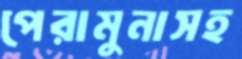
পেরামুনাসহ